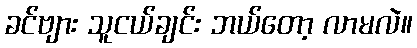
ခင်ဗျား သူငယ်ချင်း ဘယ်တော့ လာမလဲ။